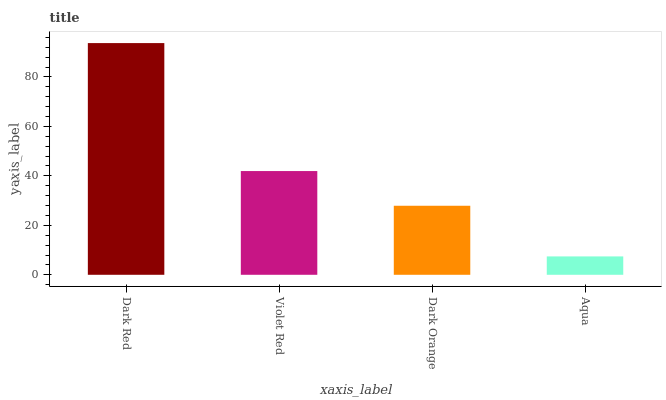
| xaxis_label | bars |
 | --- | --- |
 | Dark Red | 93.7 |
 | Violet Red | 41.9 |
 | Dark Orange | 27.9 |
 | Aqua | 7.43 |